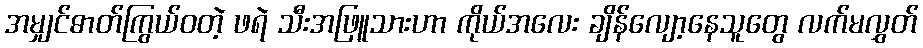
အမျှင်ဓာတ်ကြွယ်ဝတဲ့ ဖရဲ သီးအဖြူသားဟာ ကိုယ်အလေး ချိန်လျော့နေသူတွေ လက်မလွှတ်